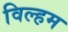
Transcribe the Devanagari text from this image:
विल्‍हम